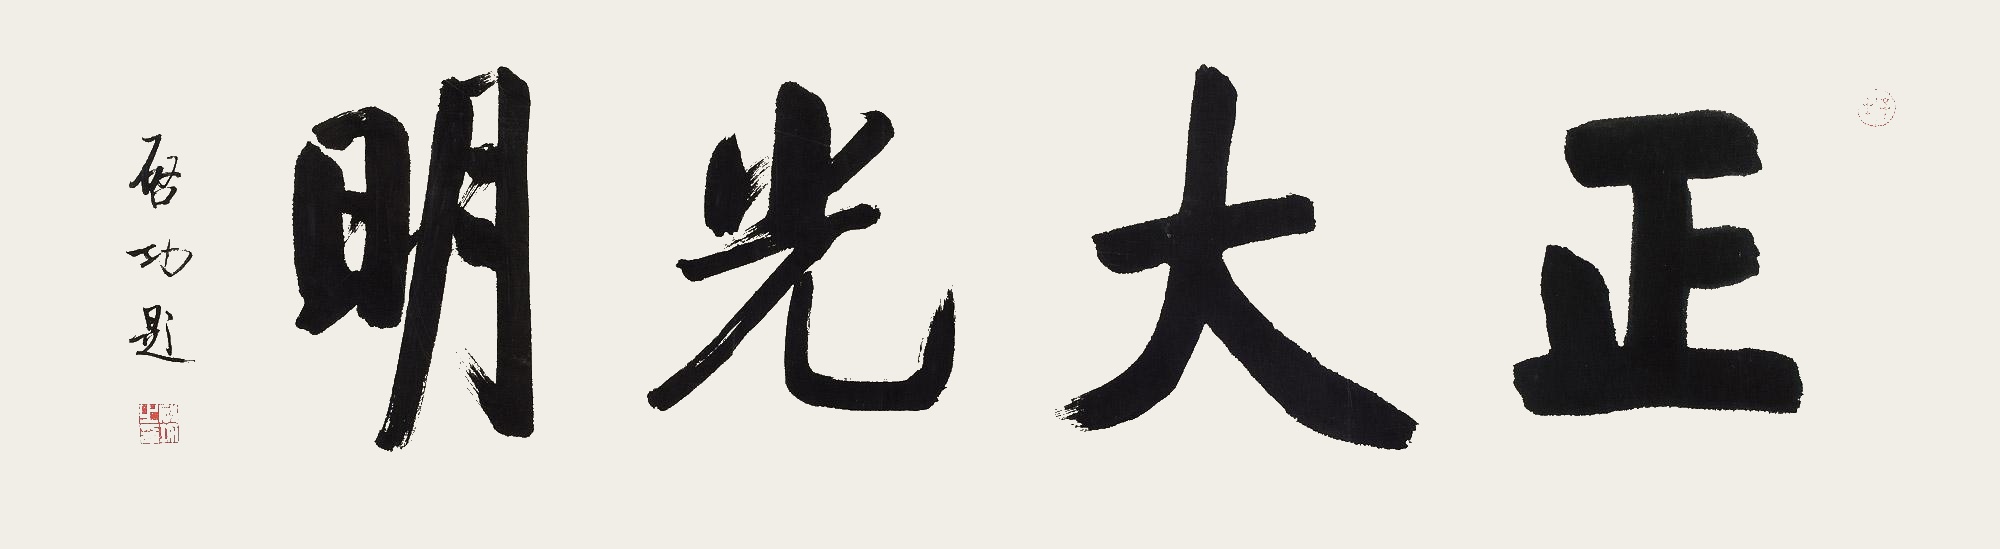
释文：正大光明，启功题。